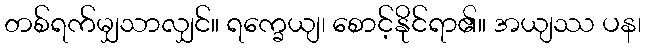
တစ်ရက်မျှသာလျှင်။ ရက္ခေယျ၊ စောင့်နိုင်ရာ၏။ အယျဿ ပန၊